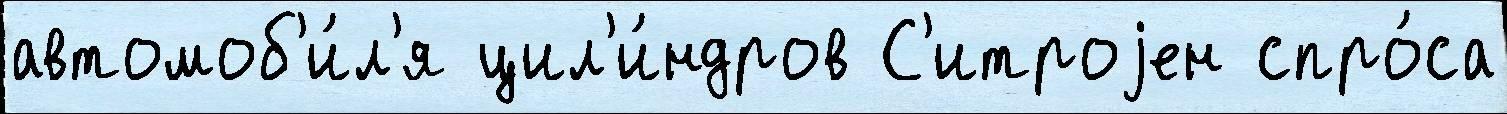
автомоб'и́л'я цил'и́ндров С'итроjен спро́са